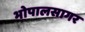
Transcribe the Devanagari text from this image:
भोपालसागर